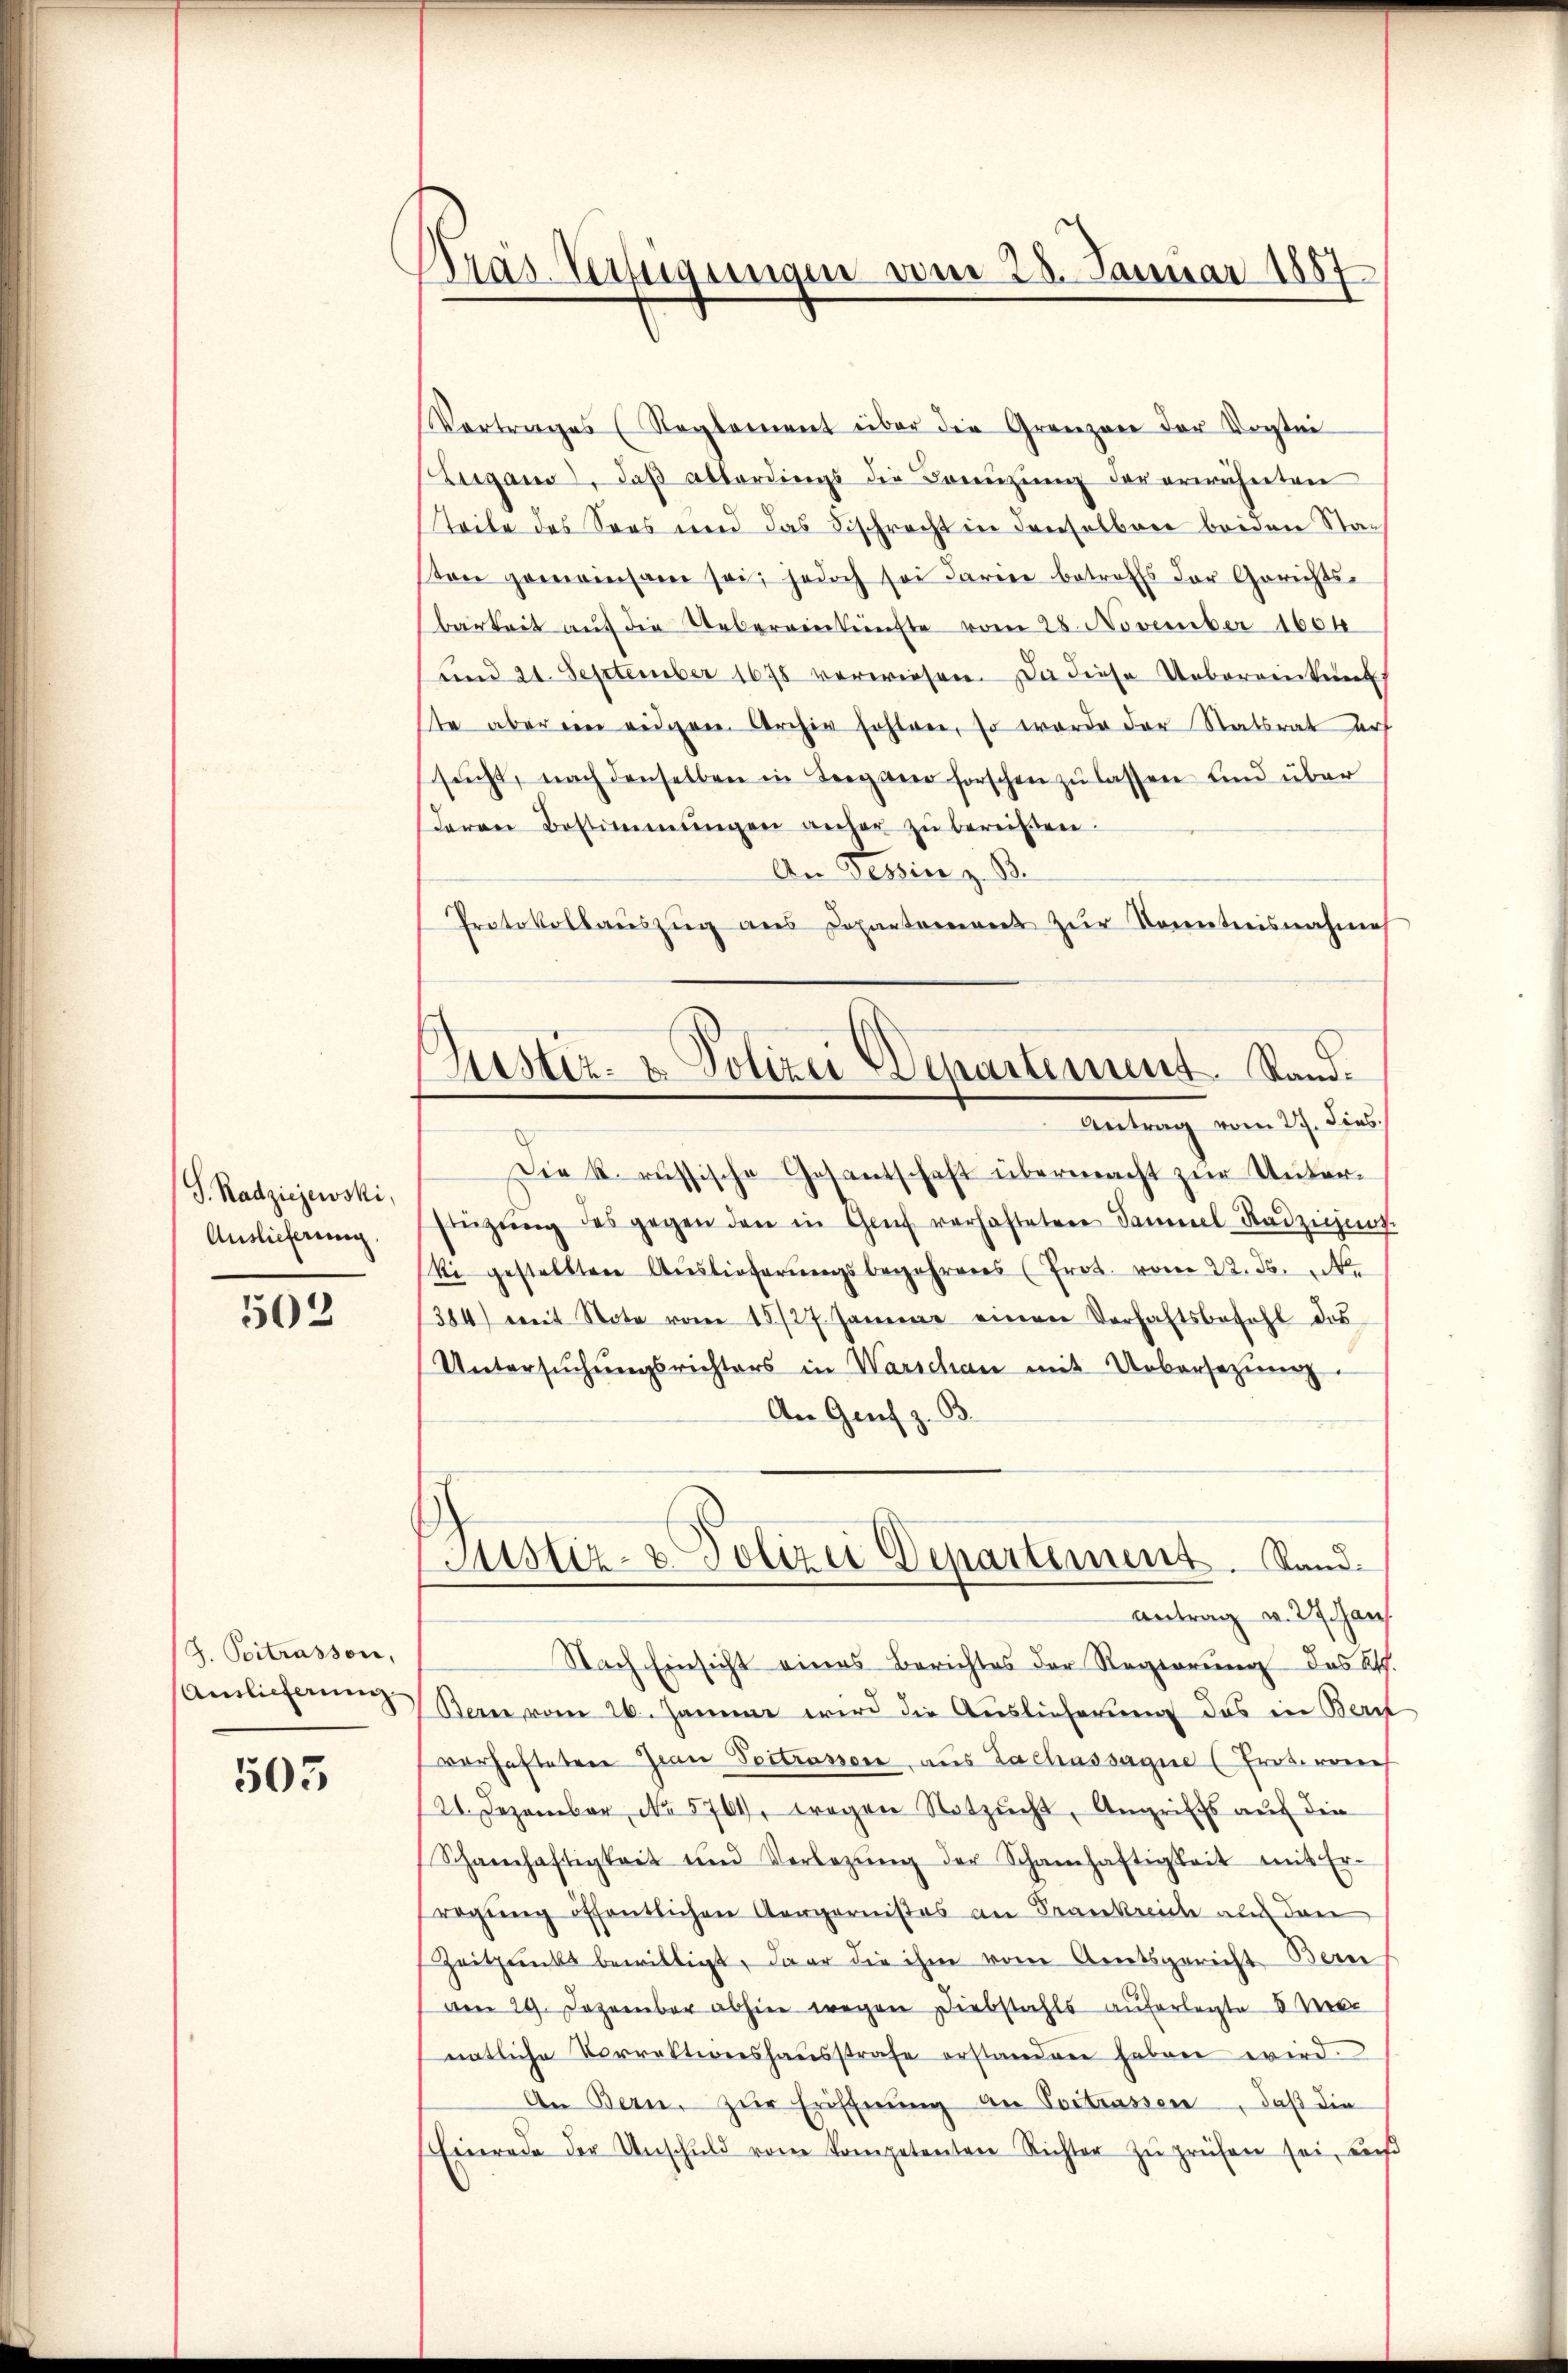
S. Radziejewski,
Auslieferung

502

J. Peitrassen,
Auslieferung

503

Dräs Verfügungen vom 28. Januar 1887

Justiz- & Polizei Departement. Stand.
Antrag vom 27. dies

Vertrages (Reglement über die Grenzen der Vorstei
Zugano, daß allerdings die Boeuzung der erwähnten
Teile des Sees und das Beschrecht in denselben beiden Stach
ton gemeinsam sei, jedoch sei darine betreffs der Gerichts-
barkeit auf die Uebereinkünfte vom 28. November 1604
und 24. September 1878 verwiesen. Da diese Ueberrentent
te aber ein eidgen. Archiv fohlen, so wurde der Statsrat auf
sŭcht, nach denselben in Teegaer forschen zŭ lassen und über
deren Bestimmungen anher zŭ bereiten.
An Tessin z. B.
Protokollauszug aus Departement zur Kenntnisnahme
Die k. russische Gesantschaft übermacht zur Unter¬
Einzŭng des gegen den in Genf verhafteten Sameel-Radzigung.
ki gestellten Aŭslieferŭngsbegehrens (Prot. vom 22. d. 24.
384) mit Note vom 15./27. Januar einen Verhaltsbefehl des
Untersŭchŭngsrichters in Warschen mit Uebersetzŭng
An Genf z. B.
Justiz- & Polizei Departement. Sand¬
Antrag v. 27. Jan.
Nach Einsicht eines Berichtes der Regierŭng des Kt.
Bern vom 26. Janne wird die Auslieferung das in Beri
verhafteten Jean Postrassen, aus Zachassagen (Erobiren
21. Dezember No. 5761, Fragen Notzŭcht, Angriffs auf die
Schanhaftigkeit und Verlegŭng der Schamhaftigkeit mit Er-
regung öffentlichen Aargarnistes an Frankreich auf den
Zeitpunkt bewilligt, da er die ihm von Amtsgericht Bern
am 29. Dezember abhin wegen Diebstahls auferlegte 5 Met
natliche Vorrektiershausstrafe erstanden haben wird.
An Bern, zŭr Eröffnŭng an Portrassen, daß die
schenerade der Unschuld von Kompetenten Richter zu prüfen sei, uns